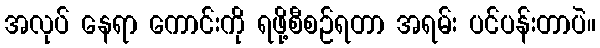
အလုပ် နေရာ ကောင်းကို ရဖို့စီစဉ်ရတာ အရမ်း ပင်ပန်းတာပဲ။